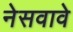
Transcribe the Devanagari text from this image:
नेसवावे